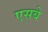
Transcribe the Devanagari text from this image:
एसबे